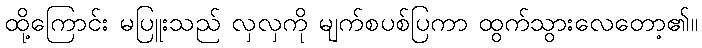
ထို့ကြောင်း မပြူးသည် လှလှကို မျက်စပစ်ပြကာ ထွက်သွားလေတော့၏။